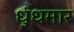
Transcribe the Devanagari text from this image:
धुंधमार